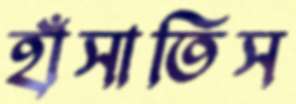
হাঁসাতিস